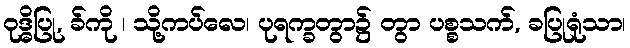
ဝုဒ္ဓိပြု, ခ်ကို ၊ သို့ကပ်လေ၊ ပုရက္ခတွာ၌ တွာ ပစ္စသက်, ခပြုရုံသာ၊